Vaccination in Bombay 1913-1923 - 1913-1923
Year: 1913
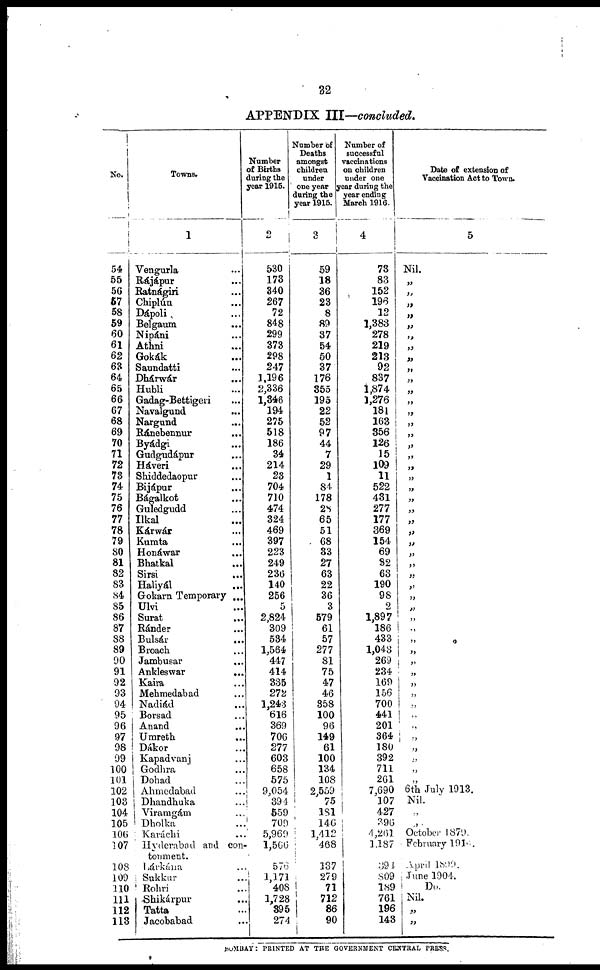
32
APPENDIX III—concluded.
No.
54
55
56
67
58
59
60
61
62
63
64
65
66
67
68
69
70
71
72
73
74
75
76
77
78
79
80
81
82
83
84
85
86
87
88
89
90
91
92
93
94
95
96
97
98
99
100
101
102
103
104
105
106
107
108
109
110
111
112
113
Towns.
1
Vengurla ...
Rájápur ...
Ratnágiri ...
Chiplún ...
Dápoli ...
Belgaum ...
Nipáni
Athni ...
Gokák ...
Saundatti ...
Dhárwár ...
Hubli ...
Gadag-Bettigeri ...
Navalgund ...
Nargund ...
Ránebennur ...
Byádgi ...
Gudgudápur ...
Háveri ...
Shiddedaopur ...
Bijápur ...
Bágalkot ...
Guledgudd ...
Ilkal ...
Kárwár ...
Kumta ...
Honáwar ...
Bhatkal ...
Sirsi ...
Haliyál ...
Gokarn Temporary ...
Ulvi ...
Surat
...
Ránder ...
Bulsár
...
Broach ...
Jambusar ...
Ankleswar
...
Kaira ...
Mehmedabad ...
Nadiád ...
Borsad ...
Anand ...
Umreth ...
Dákor ...
Kapadvanj ...
Godhra ...
Dohad ...
Ahmedabad ...
Dhandhuka ...
Viramgám ...
Dholka ...
Karáchi ...
Hyderabad and con¬
tonment.
Lárkána ...
Sukkur ...
Rohri ...
Shikárpur ...
Tatta ...
Jacobabad ...
Number
of Births
during the
year 1915.
2
530
173
340
267
72
848
299
373
298
247
1,196
2,336
1,346
194
275
518
186
34
214
23
704
710
474
324
469
397
223
249
236
140
256
5
2,824
309
534
1,564
447
414
335
272
1,243
616
369
706
277
603
658
575
9,054
394
559
709
5,969
1,566
576
1,171
408
1,728
395
274
Number of
Deaths
amongst
children
under
one year
during the
year 1915.
3
59
18
36
23
8
89
37
54
50
37
176
355
195
22
52
97
44
7
29
1
84
178
28
65
51
68
33
27
63
22
36
3
579
61
57
277
81
75
47
46
358
100
96
149
61
100
134
108
2,559
75
181
146
1,412
468
137
279
71
712
86
90
Number of
successful
vaccinations
on children
under one
year during the
year ending
March 1916.
4
73
83
152
196
12
1,383
278
219
213
92
837
1,874
1,276
181
163
356
126
15
109
11
522
431
277
177
369
154
69
82
63
190
98
2
1,897
186
433
1,043
269
234
169
156
700
441
201
364
180
392
711
261
7,690
107
427
396
4,261
1,187
394
809
189
761
196
143
Date of extension of
Vaccination Act to Town.
5
Nil.
„
„
„
„
„
„
„
„
„
„
„
„
„
„
„
„
„
„
„
„
„
„
„
„
„
„
„
„
„
„
„
„
„
„
„
„
„
„
„
„
„
„
„
„
„
„
„
6th July 1913.
Nil.
„
„
October 1879.
February 1915.
April 1899.
June 1904.
Do.
Nil.
„
„
BOMBAY: PRINTED AT THE GOVERNMENT CENTRAL PRESS.